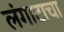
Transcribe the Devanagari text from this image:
लंगाटाचा